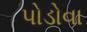
પોડોવા